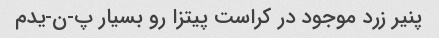
پنیر زرد موجود در کراست پیتزا رو بسیار پ-ن-یدم